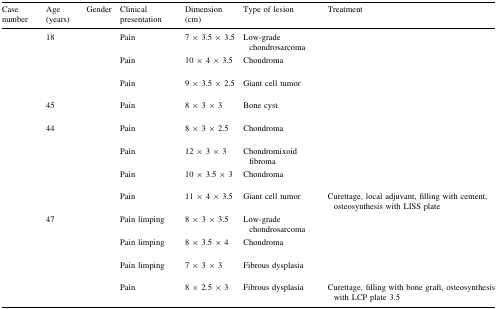
<table><thead><tr><td><b>Case number</b></td><td><b>Age (years)</b></td><td><b>Gender</b></td><td><b>Clinical presentation</b></td><td><b>Dimension (cm)</b></td><td><b>Type of lesion</b></td><td><b>Treatment</b></td></tr></thead><tbody><tr><td>[EMPTY_CELL]</td><td>18</td><td>[EMPTY_CELL]</td><td>Pain</td><td>7 × 3.5 × 3.5</td><td>Low-grade chondrosarcoma</td><td>[EMPTY_CELL]</td></tr><tr><td>[EMPTY_CELL]</td><td>[EMPTY_CELL]</td><td>[EMPTY_CELL]</td><td>Pain</td><td>10 × 4 × 3.5</td><td>Chondroma</td><td>[EMPTY_CELL]</td></tr><tr><td>[EMPTY_CELL]</td><td>[EMPTY_CELL]</td><td>[EMPTY_CELL]</td><td>Pain</td><td>9 × 3.5 × 2.5</td><td>Giant cell tumor</td><td>[EMPTY_CELL]</td></tr><tr><td>[EMPTY_CELL]</td><td>45</td><td>[EMPTY_CELL]</td><td>Pain</td><td>8 × 3 × 3</td><td>Bone cyst</td><td>[EMPTY_CELL]</td></tr><tr><td>[EMPTY_CELL]</td><td>44</td><td>[EMPTY_CELL]</td><td>Pain</td><td>8 × 3 × 2.5</td><td>Chondroma</td><td>[EMPTY_CELL]</td></tr><tr><td>[EMPTY_CELL]</td><td>[EMPTY_CELL]</td><td>[EMPTY_CELL]</td><td>Pain</td><td>12 × 3 × 3</td><td>Chondromixoid fibroma</td><td>[EMPTY_CELL]</td></tr><tr><td>[EMPTY_CELL]</td><td>[EMPTY_CELL]</td><td>[EMPTY_CELL]</td><td>Pain</td><td>10 × 3.5 × 3</td><td>Chondroma</td><td>[EMPTY_CELL]</td></tr><tr><td>[EMPTY_CELL]</td><td>[EMPTY_CELL]</td><td>[EMPTY_CELL]</td><td>Pain</td><td>11 × 4 × 3.5</td><td>Giant cell tumor</td><td>Curettage, local adjuvant, filling with cement, osteosynthesis with LISS plate</td></tr><tr><td>[EMPTY_CELL]</td><td>47</td><td>[EMPTY_CELL]</td><td>Pain limping</td><td>8 × 3 × 3.5</td><td>Low-grade chondrosarcoma</td><td>[EMPTY_CELL]</td></tr><tr><td>[EMPTY_CELL]</td><td>[EMPTY_CELL]</td><td>[EMPTY_CELL]</td><td>Pain limping</td><td>8 × 3.5 × 4</td><td>Chondroma</td><td>[EMPTY_CELL]</td></tr><tr><td>[EMPTY_CELL]</td><td>[EMPTY_CELL]</td><td>[EMPTY_CELL]</td><td>Pain limping</td><td>7 × 3 × 3</td><td>Fibrous dysplasia</td><td>[EMPTY_CELL]</td></tr><tr><td>[EMPTY_CELL]</td><td>[EMPTY_CELL]</td><td>[EMPTY_CELL]</td><td>Pain</td><td>8 × 2.5 × 3</td><td>Fibrous dysplasia</td><td>Curettage, filling with bone graft, osteosynthesis with LCP plate 3.5</td></tr></tbody></table>